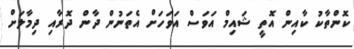
ކޮންތާކު ކާއިން އޮތީ ޝައިމް އަވަސް އަވަހަށް އެތަނުން ދާން ދޮރާއި ދިމާލަށް